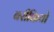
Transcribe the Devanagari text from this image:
बरीकियो